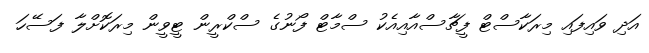
އަދި ވައިފައި މިރަކާސްޓް ފީޗާސްއާއިއެކު ސްމާޓް ފޯނުގެ ސްކްރީން ޓީވީން މިރަކޮށްލާ ފަސޭހަ